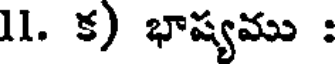
11. క) భాష్యము :